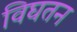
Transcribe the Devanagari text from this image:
विघतन